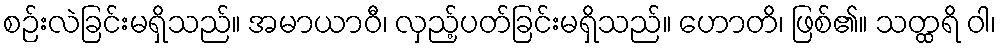
စဉ်းလဲခြင်းမရှိသည်။ အမာယာဝီ၊ လှည့်ပတ်ခြင်းမရှိသည်။ ဟောတိ၊ ဖြစ်၏။ သတ္ထရိ ဝါ၊